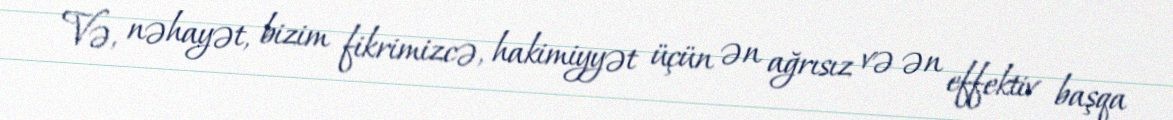
Və, nəhayət, bizim fikrimizcə, hakimiyyət üçün ən ağrısız və ən effektiv başqa